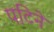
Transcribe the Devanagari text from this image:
पटिने